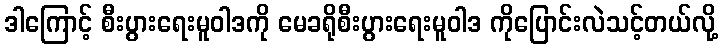
ဒါကြောင့် စီးပွားရေးမူဝါဒကို မေခရိုစီးပွားရေးမူဝါဒ ကိုပြောင်းလဲသင့်တယ်လို့